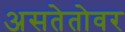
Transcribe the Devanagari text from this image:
असतेतोवर